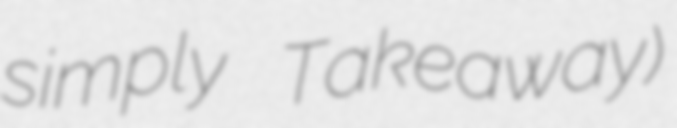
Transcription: simply Takeaway)